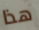
هذا